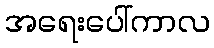
အရေးပေါ်ကာလ